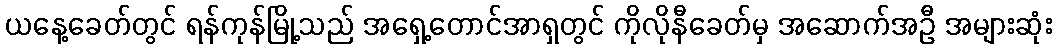
ယနေ့ခေတ်တွင် ရန်ကုန်မြို့သည် အရှေ့တောင်အာရှတွင် ကိုလိုနီခေတ်မှ အဆောက်အဦ အများဆုံး